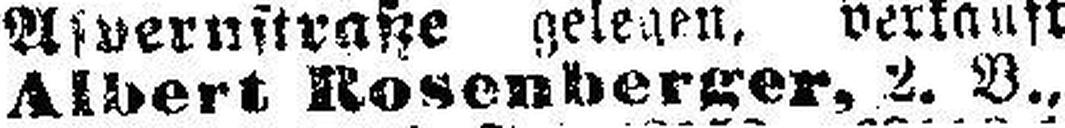
Alber Rosenberger, 2. V.,